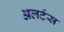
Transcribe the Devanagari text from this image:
अलर्टस